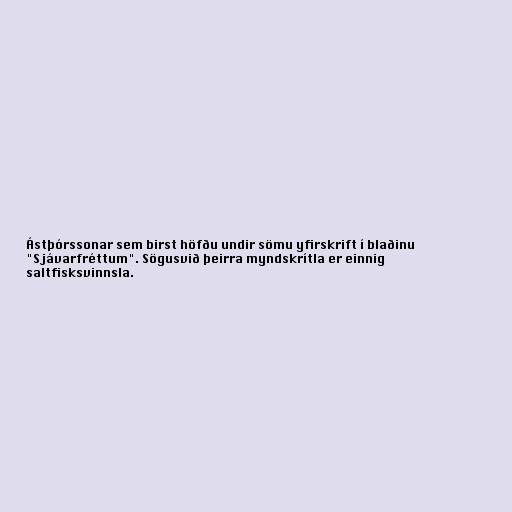
Ástþórssonar sem birst höfðu undir sömu yfirskrift í blaðinu
"Sjávarfréttum". Sögusvið þeirra myndskrítla er einnig
saltfisksvinnsla.